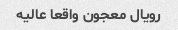
رویال معجون واقعا عالیه